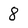
Character: 8